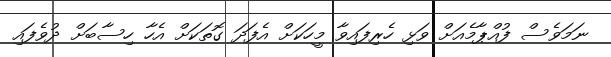
ނަމަވެސް ފުއްޕާމެއަށް ވަޅި ހެރިފައިވާ މީހަކަށް އެފަދަ ގޮތަކަށް އެހާ ހިސާބަށް ދުވެފައި